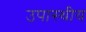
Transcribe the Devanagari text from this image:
उपास्थीय